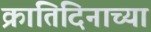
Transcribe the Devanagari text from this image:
क्रांतिदिनाच्या